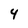
Character: 4